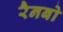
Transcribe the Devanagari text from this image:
रैनबो